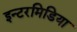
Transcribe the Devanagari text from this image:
इन्टरमिडिया